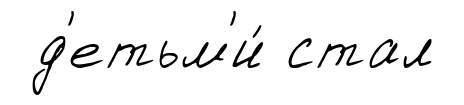
д'етьм'и́ стал